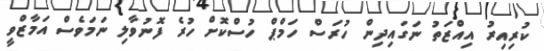
ކުރިއިރު އިއްޒަތު ނަގައިދިން ހުރަސް ހަމްޕް ހުސްކޮށް ހުރެ ފޮނުވާލި ނަމަވެސް އަމާޒްވީ